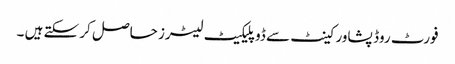
فورٹ روڈ پشاور کینٹ سے ڈوپلیکیٹ لیٹرز حاصل کر سکتے ہیں ۔